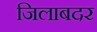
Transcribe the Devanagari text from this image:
जिलाबदर